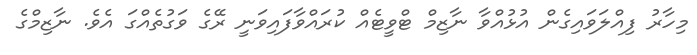
މިހާރު ފިއްލަވައިގެން އުޅުއްވާ ނާޒިމް ޓްވީޓެއް ކުރައްވާފައިވަނީ ރޭގެ ވަގުތެއްގަ އެވެ. ނާޒިމްގެ